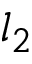
l _ { 2 }